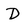
Character: D